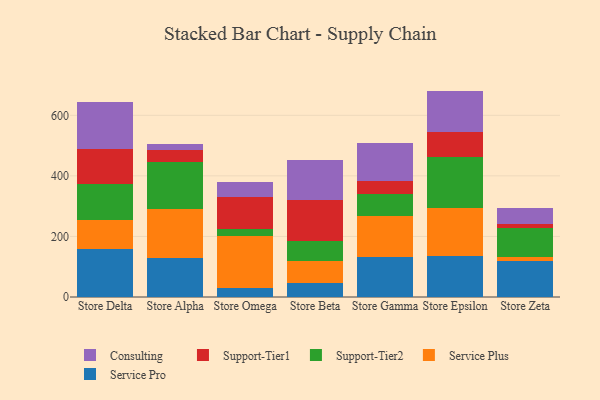
{"axis": {"x": "Store", "y": "Production Output"}, "legend": ["Consulting", "Service Plus", "Service Pro", "Support-Tier1", "Support-Tier2"], "data": [{"x": "Store Delta", "y": 157.5, "type": "Service Pro"}, {"x": "Store Delta", "y": 96.2, "type": "Service Plus"}, {"x": "Store Delta", "y": 120.2, "type": "Support-Tier2"}, {"x": "Store Delta", "y": 116.5, "type": "Support-Tier1"}, {"x": "Store Delta", "y": 153.0, "type": "Consulting"}, {"x": "Store Alpha", "y": 128.9, "type": "Service Pro"}, {"x": "Store Alpha", "y": 160.5, "type": "Service Plus"}, {"x": "Store Alpha", "y": 156.9, "type": "Support-Tier2"}, {"x": "Store Alpha", "y": 39.8, "type": "Support-Tier1"}, {"x": "Store Alpha", "y": 20.2, "type": "Consulting"}, {"x": "Store Omega", "y": 29.3, "type": "Service Pro"}, {"x": "Store Omega", "y": 173.8, "type": "Service Plus"}, {"x": "Store Omega", "y": 23.0, "type": "Support-Tier2"}, {"x": "Store Omega", "y": 103.5, "type": "Support-Tier1"}, {"x": "Store Omega", "y": 51.0, "type": "Consulting"}, {"x": "Store Beta", "y": 47.0, "type": "Service Pro"}, {"x": "Store Beta", "y": 71.5, "type": "Service Plus"}, {"x": "Store Beta", "y": 66.1, "type": "Support-Tier2"}, {"x": "Store Beta", "y": 134.6, "type": "Support-Tier1"}, {"x": "Store Beta", "y": 132.7, "type": "Consulting"}, {"x": "Store Gamma", "y": 132.8, "type": "Service Pro"}, {"x": "Store Gamma", "y": 134.6, "type": "Service Plus"}, {"x": "Store Gamma", "y": 72.2, "type": "Support-Tier2"}, {"x": "Store Gamma", "y": 42.3, "type": "Support-Tier1"}, {"x": "Store Gamma", "y": 128.1, "type": "Consulting"}, {"x": "Store Epsilon", "y": 134.4, "type": "Service Pro"}, {"x": "Store Epsilon", "y": 159.0, "type": "Service Plus"}, {"x": "Store Epsilon", "y": 168.7, "type": "Support-Tier2"}, {"x": "Store Epsilon", "y": 84.3, "type": "Support-Tier1"}, {"x": "Store Epsilon", "y": 134.4, "type": "Consulting"}, {"x": "Store Zeta", "y": 117.9, "type": "Service Pro"}, {"x": "Store Zeta", "y": 13.7, "type": "Service Plus"}, {"x": "Store Zeta", "y": 97.4, "type": "Support-Tier2"}, {"x": "Store Zeta", "y": 11.1, "type": "Support-Tier1"}, {"x": "Store Zeta", "y": 53.2, "type": "Consulting"}]}